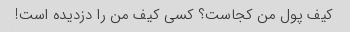
کیف پول من کجاست؟ کسی کیف من را دزدیده است!